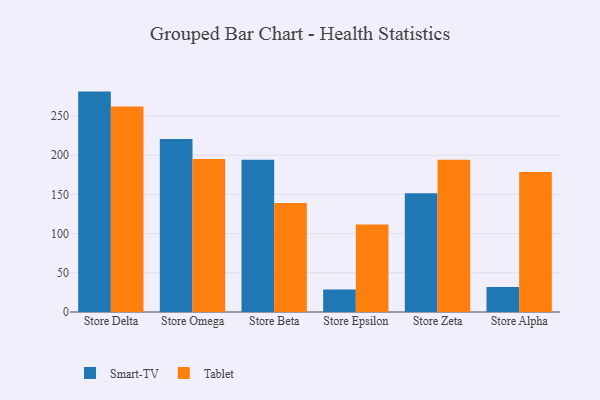
{"axis": {"x": "Store", "y": "LTV (USD)"}, "legend": ["Smart-TV", "Tablet"], "data": [{"x": "Store Delta", "y": 281.2, "type": "Smart-TV"}, {"x": "Store Delta", "y": 262.3, "type": "Tablet"}, {"x": "Store Omega", "y": 220.7, "type": "Smart-TV"}, {"x": "Store Omega", "y": 195.2, "type": "Tablet"}, {"x": "Store Beta", "y": 194.2, "type": "Smart-TV"}, {"x": "Store Beta", "y": 139.2, "type": "Tablet"}, {"x": "Store Epsilon", "y": 28.6, "type": "Smart-TV"}, {"x": "Store Epsilon", "y": 111.7, "type": "Tablet"}, {"x": "Store Zeta", "y": 151.5, "type": "Smart-TV"}, {"x": "Store Zeta", "y": 194.4, "type": "Tablet"}, {"x": "Store Alpha", "y": 32.0, "type": "Smart-TV"}, {"x": "Store Alpha", "y": 178.6, "type": "Tablet"}]}